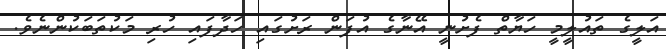
އަލީގެ ތައުލީމީ ހަޔާތް ފެށުނީ އޭނާގެ އުފަން ރަށުގައި ހަދާފައި ހުރި މަކުތަބަކުންނެވެ.